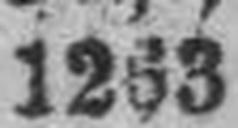
1263